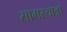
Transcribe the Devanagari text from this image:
सागरयात्रा